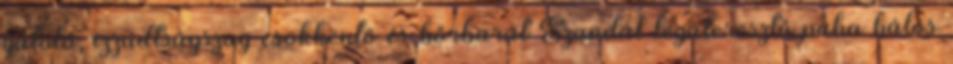
gátoló, izzadtságszag csökkentő és bőrbarát Szandál légáteresztő puha hálós